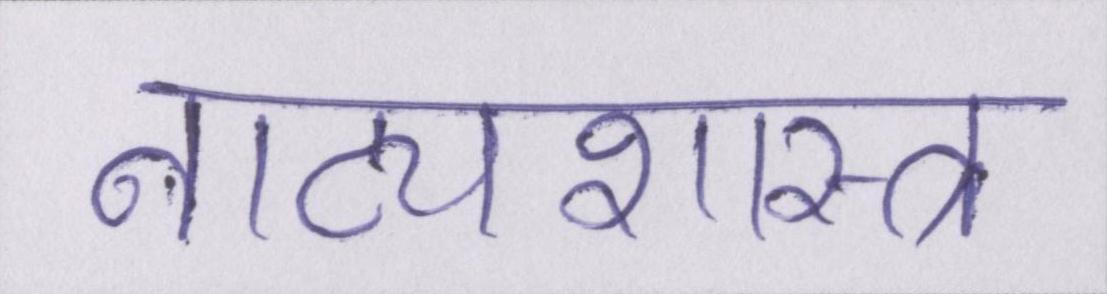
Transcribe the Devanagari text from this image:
नाट्यशास्त्र